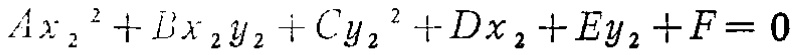
\[Ax_{2}^{2}+Bx_{2}y_{2}+Cy_{2}^{2}+Dx_{2}+Ey_{2}+F = 0\]